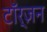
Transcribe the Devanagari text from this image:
टॉर्ज़न